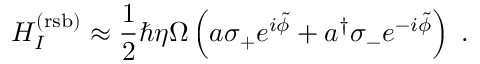
H _ { I } ^ { ( \mathrm { r s b ) } } \approx \frac { 1 } { 2 } \hbar \eta \Omega \left( a \sigma _ { + } e ^ { i \tilde { \phi } } + a ^ { \dagger } \sigma _ { - } e ^ { - i \tilde { \phi } } \right) \; .